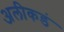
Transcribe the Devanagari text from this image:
अलीकडं